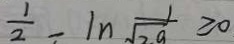
\frac { 1 } { 2 } - \ln \frac { 1 } { \sqrt { 2 a } } \geq 0